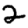
Digit: 2